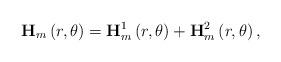
LaTeX: \begin{align*}\mathbf{H}_{m}\left( r,\theta \right) =\mathbf{H}_{m}^{1}\left( r,\theta\right) +\mathbf{H}_{m}^{2}\left( r,\theta \right) , \end{align*}